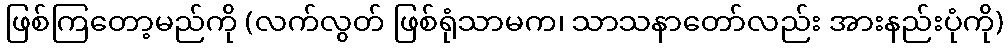
ဖြစ်ကြတော့မည်ကို (လက်လွတ် ဖြစ်ရုံသာမက၊ သာသနာတော်လည်း အားနည်းပုံကို)